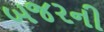
બજરની